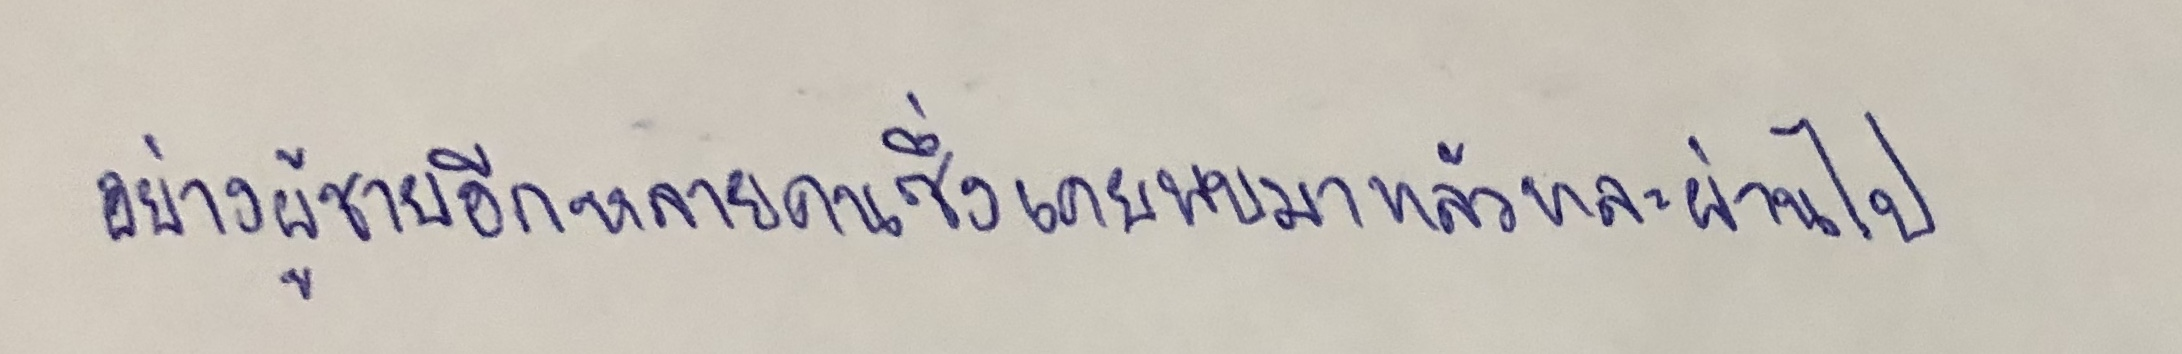
อย่างผู้ชายอีกหลายคนซึ่งเคยพบมาแล้วและผ่านไป